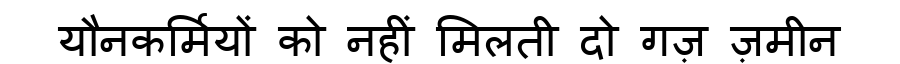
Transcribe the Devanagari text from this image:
यौनकर्मियों को नहीं मिलती दो गज़ ज़मीन